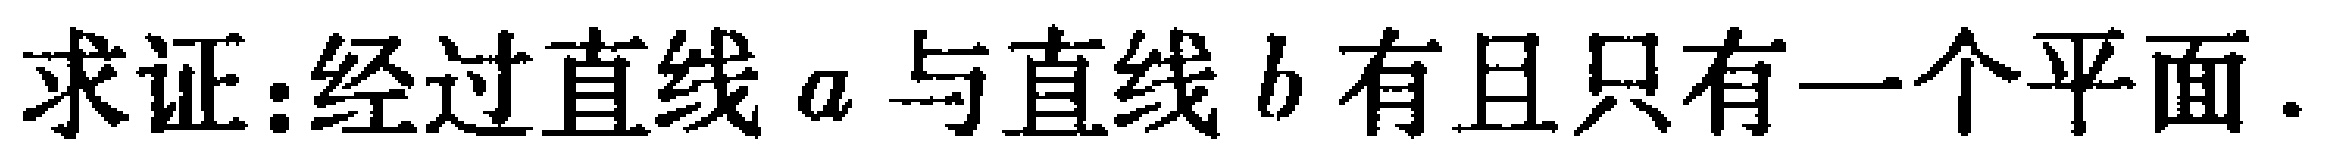
求证:经过直线\(a\)与直线\(b\)有且只有一个平面.